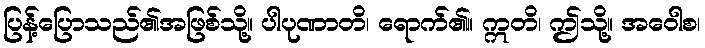
ပြန့်ပြောသည်၏အဖြစ်သို့။ ပါပုဏာတိ၊ ရောက်၏။ ဣတိ၊ ဤသို့။ အဝေါစ၊